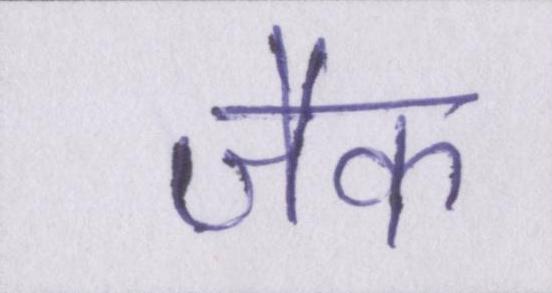
जैक